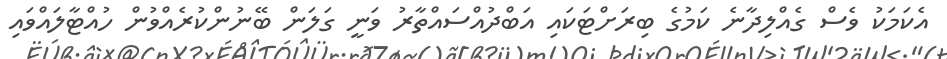
އެކަމަކު ވެސް ގެއްލިދާނެ ކަމުގެ ބިރަށްޓަކައި އަބްދުއްސައްތާރު ވަނީ ގަލަން ބޭނުންކުރެއްވުން ހުއްޓާލައްވައި